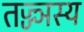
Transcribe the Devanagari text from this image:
तज्ज्ञस्य